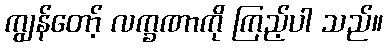
ကျွန်တော့် လက္ခဏာကို ကြည့်ပါ သည်။